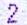
2